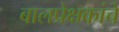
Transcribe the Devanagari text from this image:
बालप्रेक्षकांचे